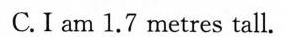
C. I am 1.7 metres tall.